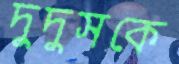
দুদুসকে